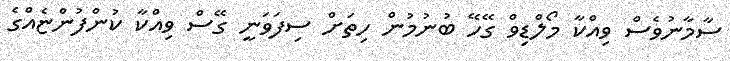
ސާމާނުވެސް ވިއްކާ މޯލްޑިވް ގޭހޭ ބުނުމުން ހިތަށް ސިފަވަނީ ގޭސް ވިއްކާ ކުންފުންޏެއްގެ